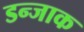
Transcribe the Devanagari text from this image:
डन्जाक